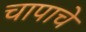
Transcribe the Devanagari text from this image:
चापाचे